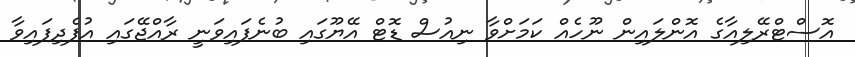
އޮސްޓްރޭލިއާގެ އޮންލައިން ނޫހެއް ކަމަށްވާ ނިއުސް ޑޮޓް އޭޔޫގައި ބުނެފައިވަނީ ރާއްޖޭގައި އުފެދިފައިވާ